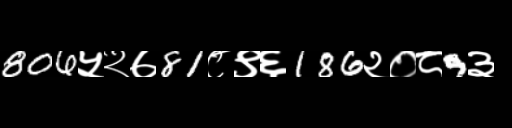
Text: 806५२७81८९६186२०८9३